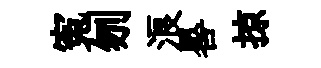
寃刎浪晷掠